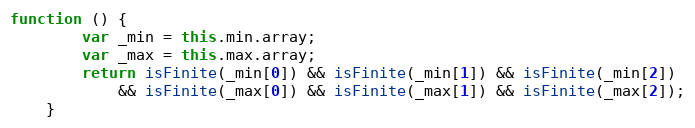
Language: JavaScript
function () {
        var _min = this.min.array;
        var _max = this.max.array;
        return isFinite(_min[0]) && isFinite(_min[1]) && isFinite(_min[2])
            && isFinite(_max[0]) && isFinite(_max[1]) && isFinite(_max[2]);
    }